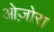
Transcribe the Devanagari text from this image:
ओज़ोरा